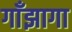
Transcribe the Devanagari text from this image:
गाँझागा